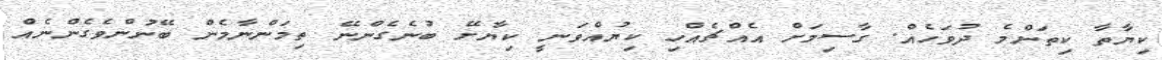
ކިޔާތާ ކިތަންމެ ދުވަހެއް. ގާސިމަށް އެއްޗެއްހި ކިޔުއްވަނީ ކިޔާށޭ ބުނެގެންނޭ ތިމަންނާމެން ބޭނުންވެގެންނެއް